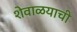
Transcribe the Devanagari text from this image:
शेवाळयाची